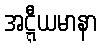
အဋ္ဋီယမာနာ